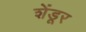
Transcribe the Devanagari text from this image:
शेंडूर